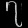
Digit: ၇